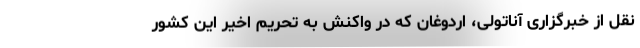
نقل از خبرگزاری آناتولی، اردوغان که در واکنش به تحریم اخیر این کشور